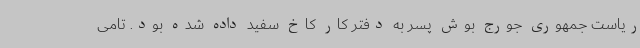
ریاست جمهوری جورج بوش پسر به دفتر کار کاخ سفید داده شده بود. تامی